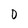
Character: D